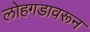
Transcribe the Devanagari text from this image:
लोहगडावरून